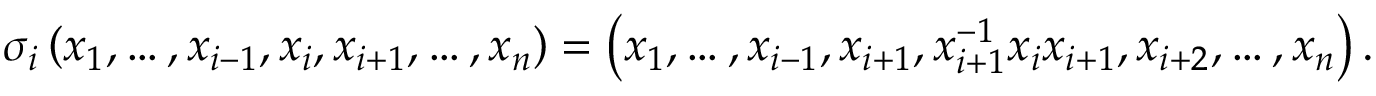
\sigma _ { i } \left( x _ { 1 } , \ldots , x _ { i - 1 } , x _ { i } , x _ { i + 1 } , \ldots , x _ { n } \right) = \left( x _ { 1 } , \ldots , x _ { i - 1 } , x _ { i + 1 } , x _ { i + 1 } ^ { - 1 } x _ { i } x _ { i + 1 } , x _ { i + 2 } , \ldots , x _ { n } \right) .